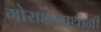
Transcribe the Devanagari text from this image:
गोराक्षनाथानी